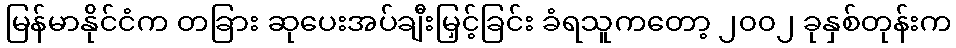
မြန်မာနိုင်ငံက တခြား ဆုပေးအပ်ချီးမြှင့်ခြင်း ခံရသူကတော့ ၂၀၀၂ ခုနှစ်တုန်းက